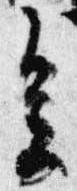
会